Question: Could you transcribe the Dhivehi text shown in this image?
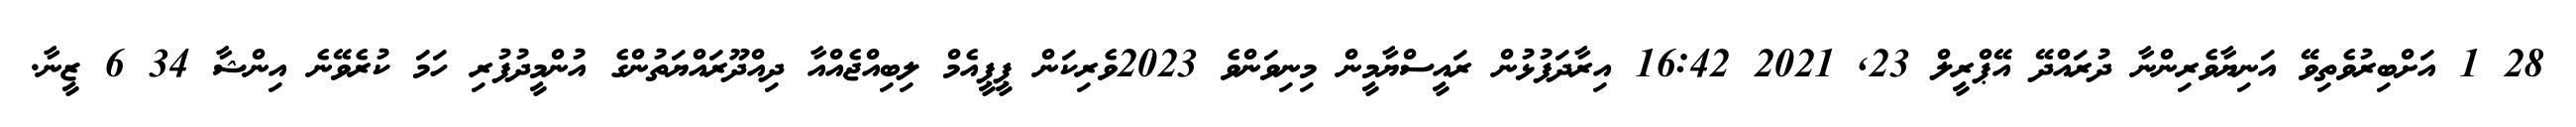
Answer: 28 1 އަށްބިރުވެތިވޭ އަނިޔާވެރިންނާ ދުރައްދޭ އޭޕްރީލް 23, 2021 16:42 އިރާދަފުޅުން ރައީސްޔާމީން މިނިވަންވެ 2023ވެރިކަން ޕީޕީއެމް ލިބިއްޖެއްއާ ދިއްދޫރައްޔަތުންގެ އުންމީދުފުރި ހަމަ ކުރެވޭނެ އިންޝާ 34 6 ޒީނާ.